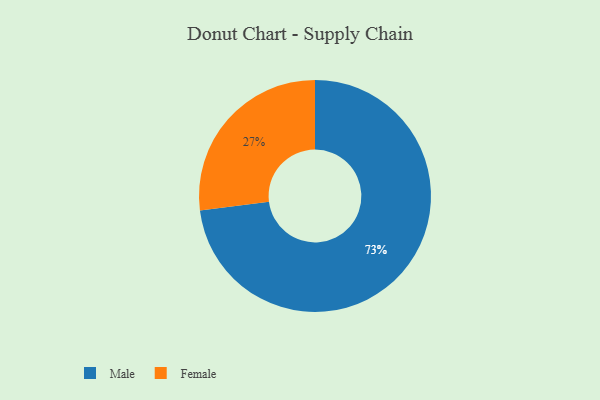
{"axis": {"x": "Category", "y": "Percentage"}, "legend": ["Female", "Male"], "data": [{"x": "Female", "y": 27, "type": "Female"}, {"x": "Male", "y": 73, "type": "Male"}]}